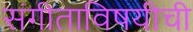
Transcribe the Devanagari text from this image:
संगीताविषयीची